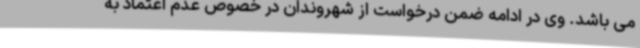
می باشد. وی در ادامه ضمن درخواست از شهروندان در خصوص عدم اعتماد به